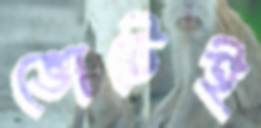
ভোটেই